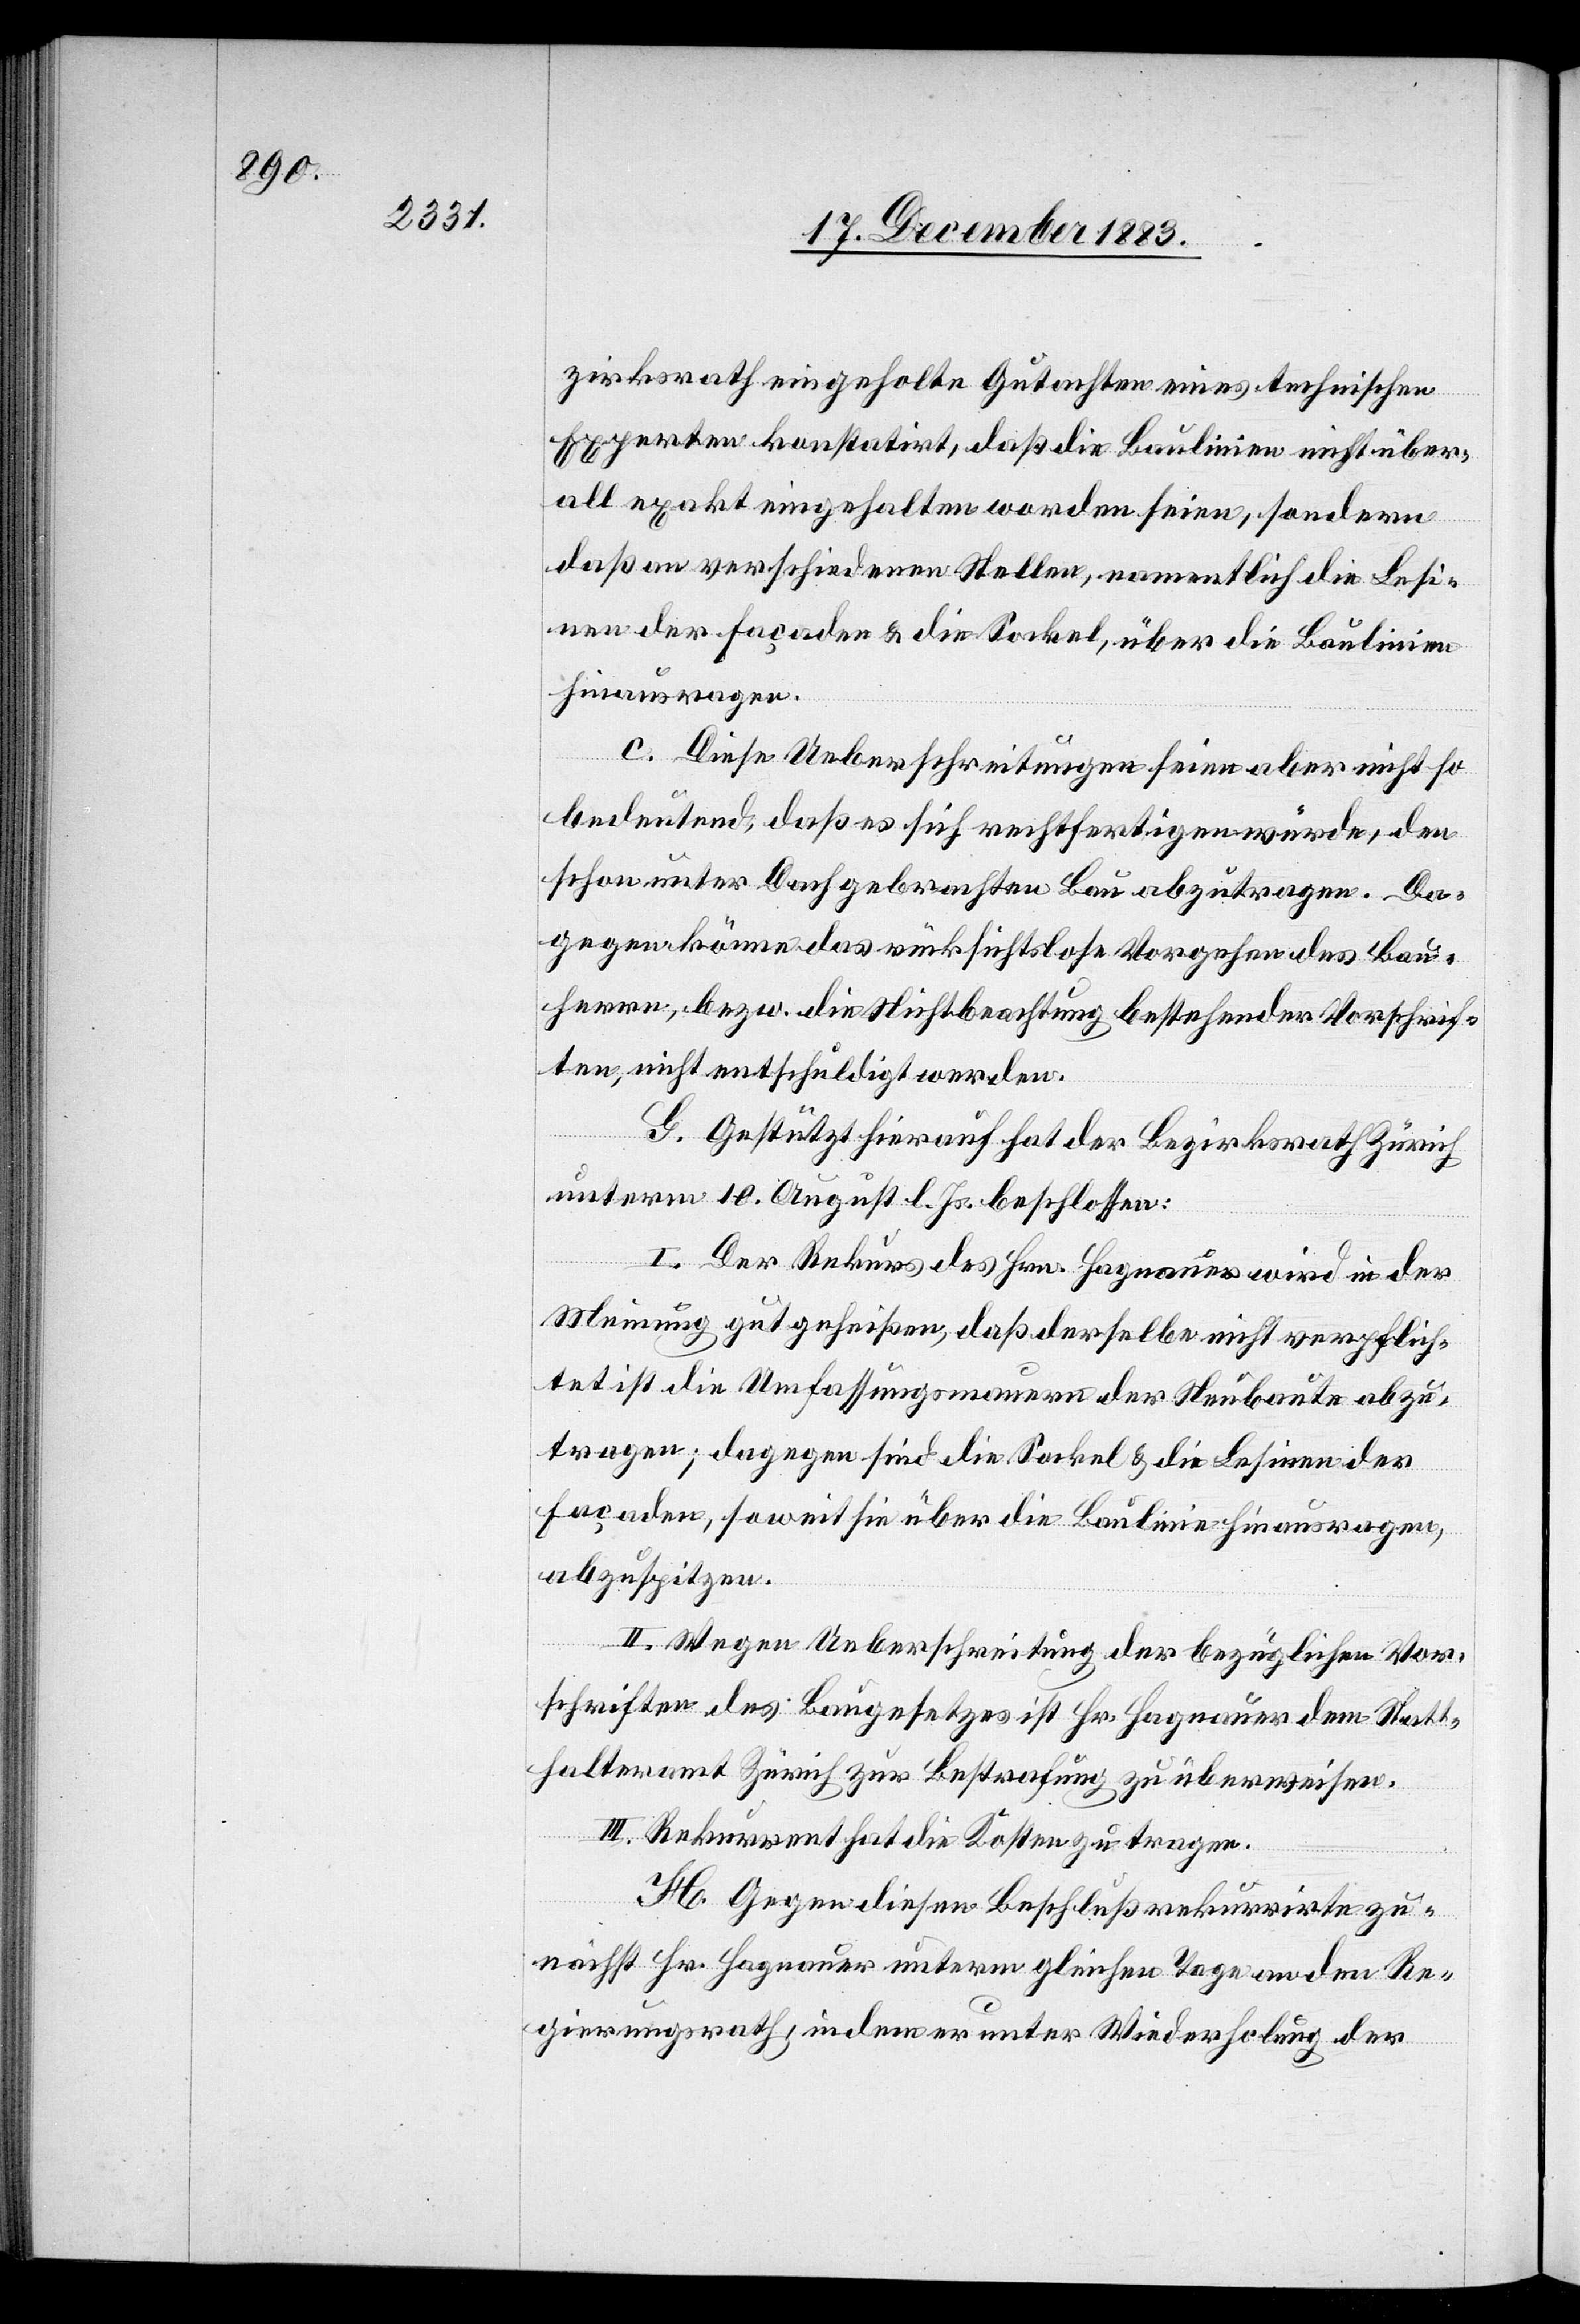
zirksrath eingeholte Gutachten eines technischen
Experten konstatirt, daß die Baulinien nicht über¬
all exakt eingehalten worden seien, sondern
daß an verschiedenen Stellen, namentlich die Lesi¬
nen der Façaden & die Sockel, über die Baulinien
hinausragen.
c. Diese Ueberschreitungen seien aber nicht so
bedeutend, daß es sich rechtfertigen würde, den
schon unter Dach gebrachten Bau abzutragen. Da¬
gegen könne das rücksichtslose Vorgehen des Bau¬
herrn, bezw. die Nichtbeachtung bestehender Vorschrif¬
ten, nicht entschuldigt werden.
G. Gestützt hierauf hat der Bezirksrath Zürich
unterm 10. August l. Js. beschlossen:
I. Der Rekurs des Hrn. Hagnauer wird in der
Meinung gutgeheißen, daß derselbe nicht verpflich¬
tet ist die Umfassungsmauern der Neubaute abzu¬
tragen; dagegen sind die Sockel & die Lesinen der
Façaden, soweit sie über die Baulinie hinausragen,
abzuspitzen.
II. Wegen Ueberschreitung der bezüglichen Vor¬
schriften des Baugesetzes ist Hr. Hagnauer dem Statt¬
halteramt Zürich zur Bestrafung zu überweisen.
III. Rekurrent hat die Kosten zu tragen.
H. Gegen diesen Beschluß rekurrirte zu¬
nächst Hr. Hagnauer unterm gleichen Tage an den Re¬
gierungsrath, indem er unter Wiederholung der